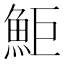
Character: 鮔